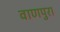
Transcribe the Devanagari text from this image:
वाणपुरा